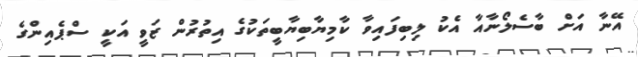
އޭނާ އަށް ބާސެލޯނާއާ އެކު ލިބިފައިވާ ކާމިޔާބިޔާބީތަކުގެ އިތުރުން ޒަވީ އަކީ ސްޕެއިންގެ